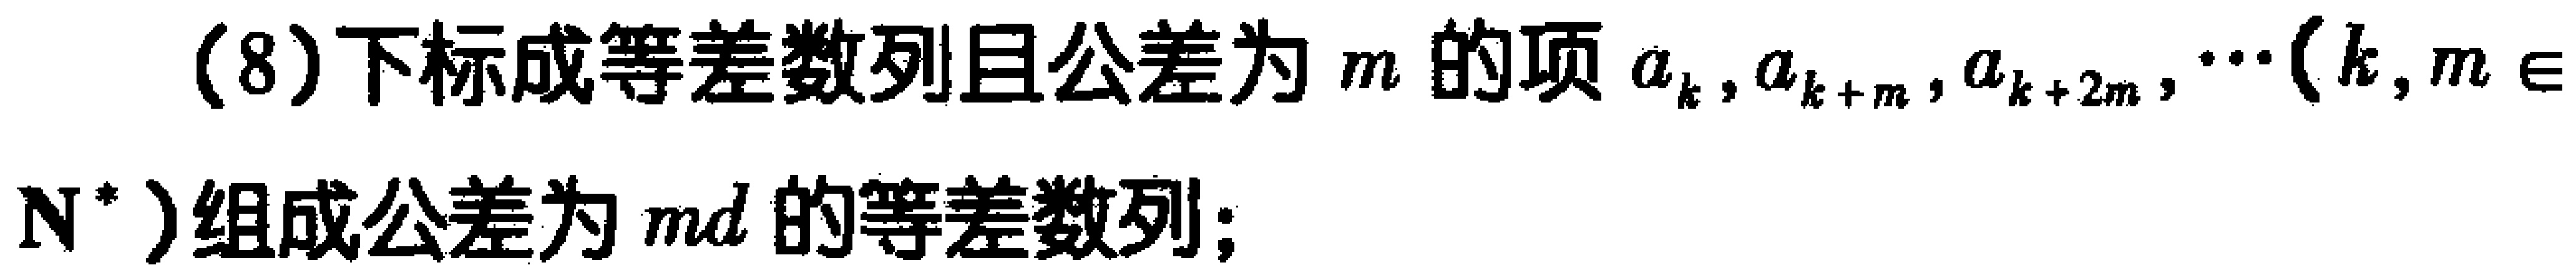
(8)下标成等差数列且公差为\(m\)的项\(a_{k},a_{k + m},a_{k + 2m},\cdots(k,m\in \mathbf{N}^{*})\)组成公差为\(md\)的等差数列；